画像に写った文字を読んでください
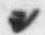
「シ」と書いてあります